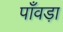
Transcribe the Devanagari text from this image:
पाँवड़ा